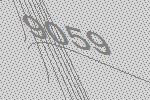
9059